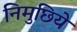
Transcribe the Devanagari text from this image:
निमुछिये